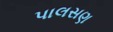
પાલસણ